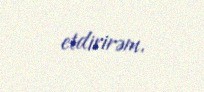
etdirirəm.